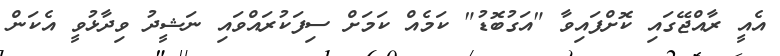
އެއީ ރާއްޖޭގައި ކޮށްފައިވާ "އަގުބޮޑު" ކަމެއް ކަމަށް ސިފަކުރައްވައި ނަޝީދު ވިދާޅުވީ އެކަން